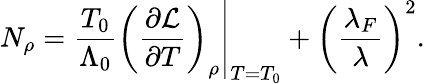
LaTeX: N_{\rho}=\left.\frac{T_{0}}{\Lambda_{0}}\left(\frac{\partial\mathcal{L}}{\partial T}\right)_{\rho}\right\vert_{T=T_{0}}+\left(\frac{\lambda_{F}}{\lambda}\right)^{2}.